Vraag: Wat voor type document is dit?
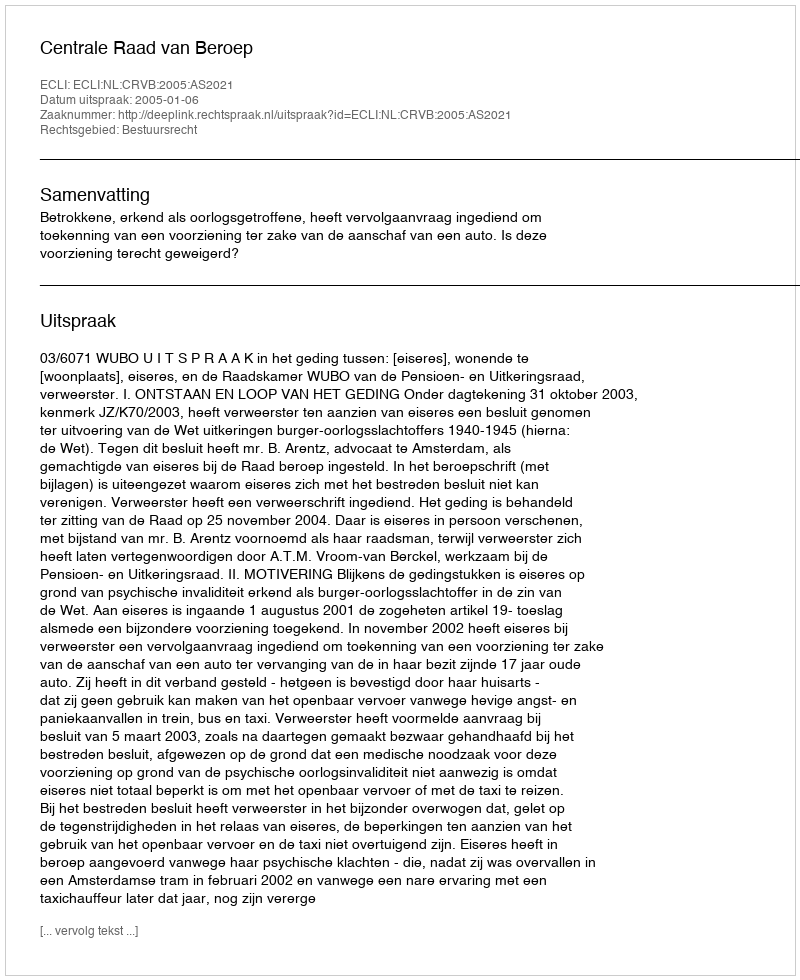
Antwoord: Uitspraak